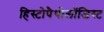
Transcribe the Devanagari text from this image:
हिस्टोपैथोलॉजिस्ट